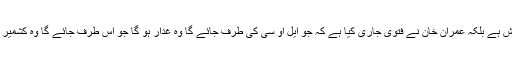
27 اگست کے بعد سے حکومت خاموش ہے بلکہ عمران خان نے فتویٰ جاری کیا ہے کہ جو ایل او سی کی طرف جائے گا وہ غدار ہو گا جو اس طرف جائے گا وہ کشمیر اور پاکستان کا مخالف اور دشمن ہو گا۔